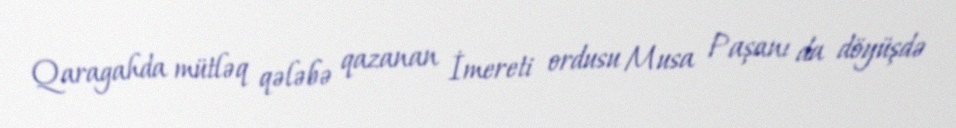
Qaragahda mütləq qələbə qazanan İmereti ordusu Musa Paşanı da döyüşdə